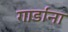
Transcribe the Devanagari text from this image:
गार्डांना